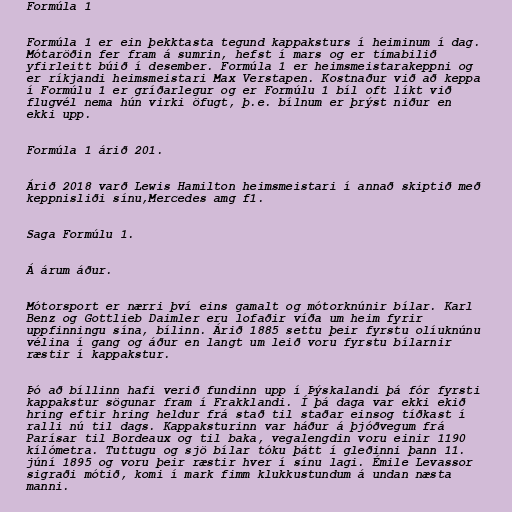
Formúla 1

Formúla 1 er ein þekktasta tegund kappaksturs í heiminum í dag.
Mótaröðin fer fram á sumrin, hefst í mars og er tímabilið
yfirleitt búið í desember. Formúla 1 er heimsmeistarakeppni og
er ríkjandi heimsmeistari Max Verstapen. Kostnaður við að keppa
í Formúlu 1 er gríðarlegur og er Formúlu 1 bíl oft líkt við
flugvél nema hún virki öfugt, þ.e. bílnum er þrýst niður en
ekki upp.

Formúla 1 árið 201.

Árið 2018 varð Lewis Hamilton heimsmeistari í annað skiptið með
keppnisliði sínu,Mercedes amg f1.

Saga Formúlu 1.

Á árum áður.

Mótorsport er nærri því eins gamalt og mótorknúnir bílar. Karl
Benz og Gottlieb Daimler eru lofaðir víða um heim fyrir
uppfinningu sína, bílinn. Árið 1885 settu þeir fyrstu olíuknúnu
vélina í gang og áður en langt um leið voru fyrstu bílarnir
ræstir í kappakstur.

Þó að bíllinn hafi verið fundinn upp í Þýskalandi þá fór fyrsti
kappakstur sögunar fram í Frakklandi. Í þá daga var ekki ekið
hring eftir hring heldur frá stað til staðar einsog tíðkast í
ralli nú til dags. Kappaksturinn var háður á þjóðvegum frá
Parísar til Bordeaux og til baka, vegalengdin voru einir 1190
kílómetra. Tuttugu og sjö bílar tóku þátt í gleðinni þann 11.
júní 1895 og voru þeir ræstir hver í sínu lagi. Émile Levassor
sigraði mótið, komi í mark fimm klukkustundum á undan næsta
manni.